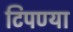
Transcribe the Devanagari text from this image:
टिपण्या